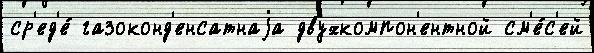
ср'ед'е́ газоконд'енсатнаjа двухкомпон'ентной см'е́с'ей